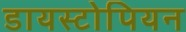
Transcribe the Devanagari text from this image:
डायस्टोपियन